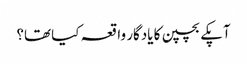
آپکے بچپن کا یادگار واقعہ کیا تھا؟